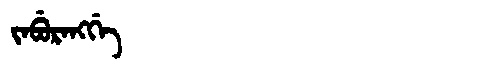
Manchu: ᠵᠠᠪᡠᡵᠠᠩᡤᡝ
Romanization: JABURANGGE